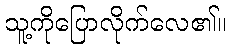
သူ့ကိုပြောလိုက်လေ၏။